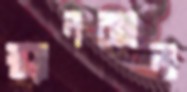
স্ক্যানবাংলা